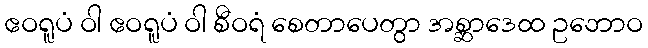
ဧဝရူပံ ဝါ ဧဝရူပံ ဝါ စီဝရံ စေတာပေတွာ အစ္ဆာဒေထ ဥဘောဝ